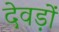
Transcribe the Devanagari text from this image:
देवड़ों